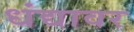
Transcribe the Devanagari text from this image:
धंद्यावर